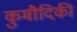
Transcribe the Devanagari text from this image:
कुमौदिकी